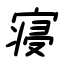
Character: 寝